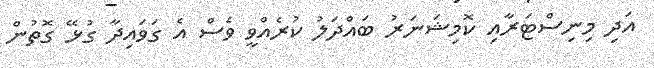
އަދި މިނިސްޓަރާއި ކޮމިޝަނަރު ބައްދަލު ކުރެއްވީ ވެސް އެ ގަވައިދާ ގުޅޭ ގޮތުން